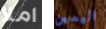
املأ اليمين